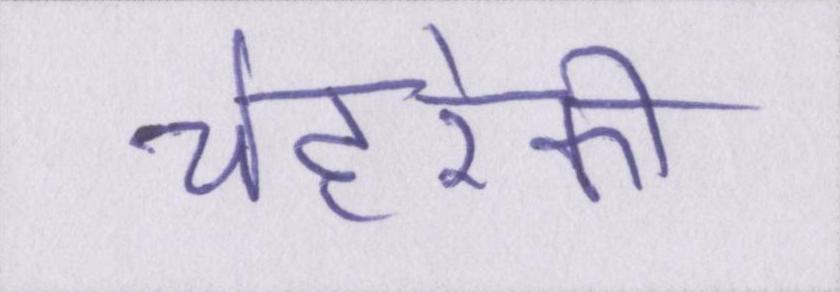
चेहरेकी